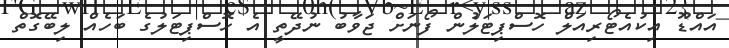
އައްޑޫ އިކުއެޓޯރިއަލް ހޮސްޕިޓަލުން ފޯނަށް ޖަވާބު ނުދޭތީ އެ ހޮސްޕިޓަލުގެ ބަހެއް ލިބޭގޮތް